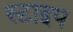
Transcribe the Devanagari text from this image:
स्टाइप